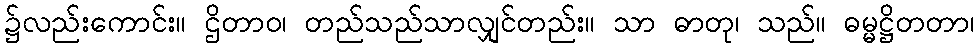
၌လည်းကောင်း။ ဌိတာဝ၊ တည်သည်သာလျှင်တည်း။ သာ ဓာတု၊ သည်။ ဓမ္မဋ္ဌိတတာ၊